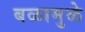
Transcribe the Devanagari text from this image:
बळामुळे